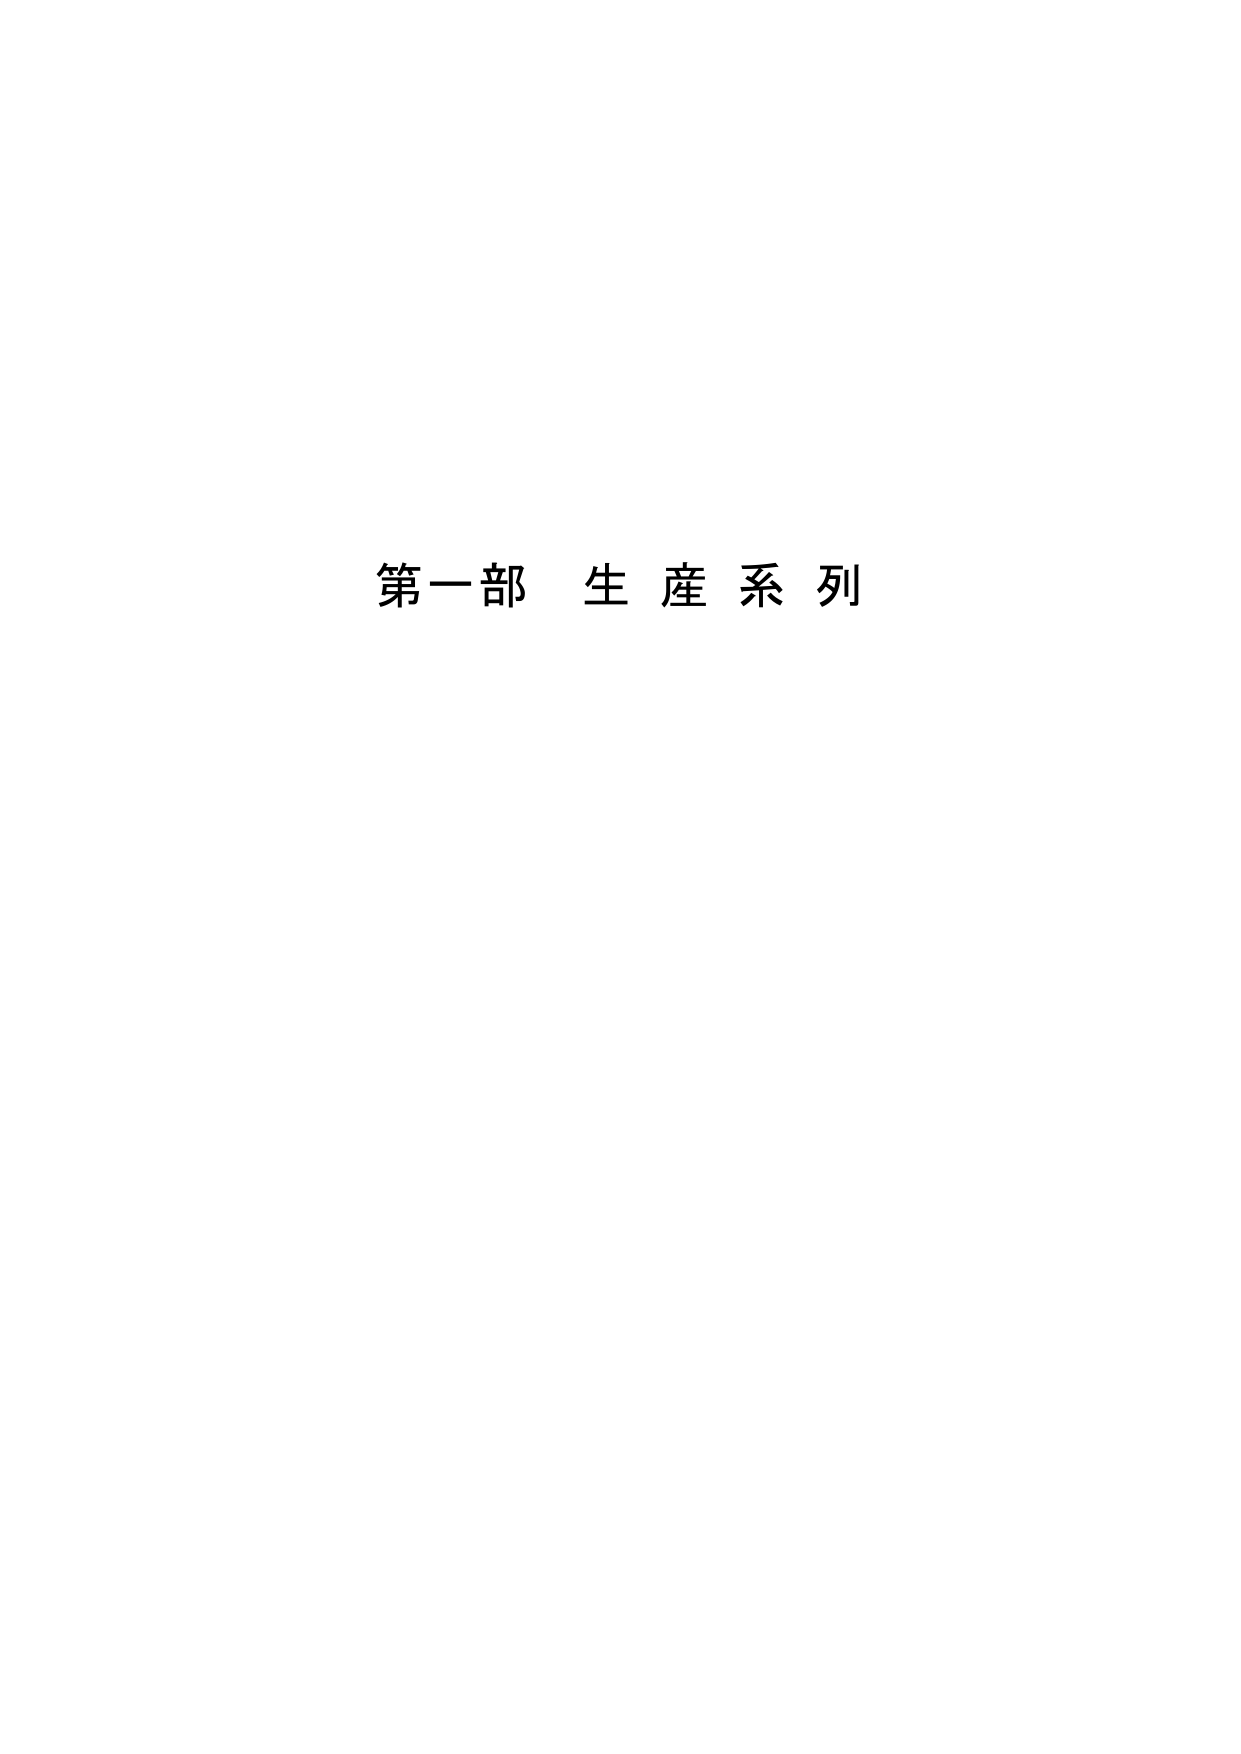
第一部 生産系列